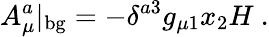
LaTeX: A_{\mu}^{a}|_{\mathrm{bg}}=-\delta^{a3}g_{\mu 1}x_{2}H\ .